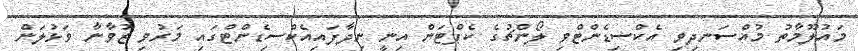
މައުލޫމާތު މުއްސަނދިވި އެކްސިޑެންޓްވި ލޯންޗުގެ ކެޕްޓަން އިނީ ނިދާފައިއެކްސިޑެންޓްގައި މަރުވި ޒުވާނާ ވަޅުލަން